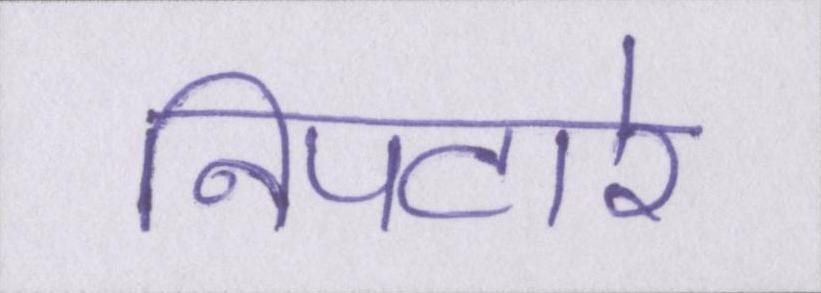
निपटारे